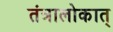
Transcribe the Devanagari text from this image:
तंत्रालोकात्